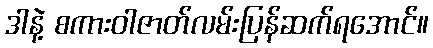
ဒါနဲ့ စကားဝါဇာတ်လမ်းပြန်ဆက်ရအောင်။